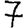
Digit: 7